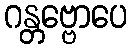
ဂန္တဗ္ဗောပေ